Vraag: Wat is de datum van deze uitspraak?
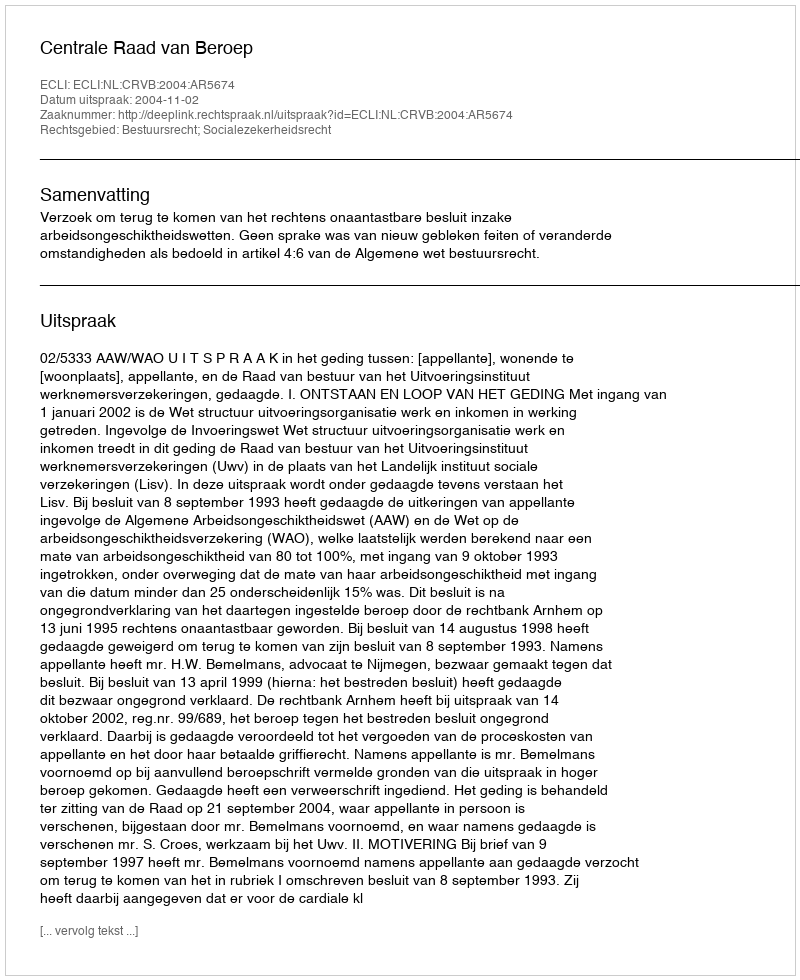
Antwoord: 2004-11-02